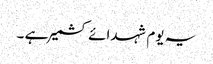
یہ یوم شہدائے کشمیر ہے ۔